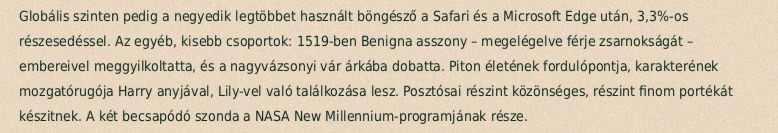
Globális szinten pedig a negyedik legtöbbet használt böngésző a Safari és a Microsoft Edge után, 3,3%-os részesedéssel. Az egyéb, kisebb csoportok: 1519-ben Benigna asszony – megelégelve férje zsarnokságát – embereivel meggyilkoltatta, és a nagyvázsonyi vár árkába dobatta. Piton életének fordulópontja, karakterének mozgatórugója Harry anyjával, Lily-vel való találkozása lesz. Posztósai részint közönséges, részint finom portékát készitnek. A két becsapódó szonda a NASA New Millennium-programjának része.